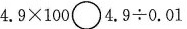
$$4 . 9 \times 1 0 0 $$ \circ $$4 . 9 \div 0 . 0 1$$